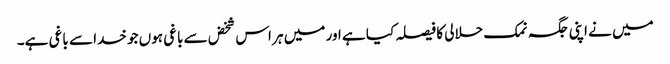
میں نے اپنی جگہ نمک حلالی کا فیصلہ کیا ہے اور میں ہر اس شخض سے باغی ہوں جو خدا سے باغی ہے۔